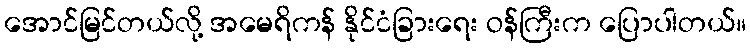
အောင်မြင်တယ်လို့ အမေရိကန် နိုင်ငံခြားရေး ဝန်ကြီးက ပြောပါတယ်။